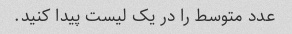
عدد متوسط را در یک لیست پیدا کنید.